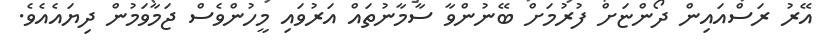
އޭރު ރަސްއައިން ދޯންޏަށް ފުރުމަށް ބޭނުންވާ ސާމާނުތައް އަރުވައި މީހުންވެސް ޖަމާވަމުން ދިޔައެއެވެ.